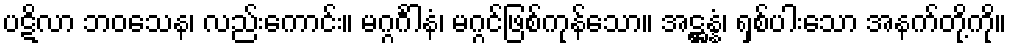
ပဋိလာ ဘဝသေန၊ လည်းကောင်း။ မဂ္ဂင်္ဂါနံ၊ မဂ္ဂင်ဖြစ်ကုန်သော။ အဋ္ဌန္နံ၊ ရှစ်ပါးသော အနက်တို့ကို။